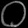
Digit: ၀